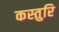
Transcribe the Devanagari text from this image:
कस्तुरि